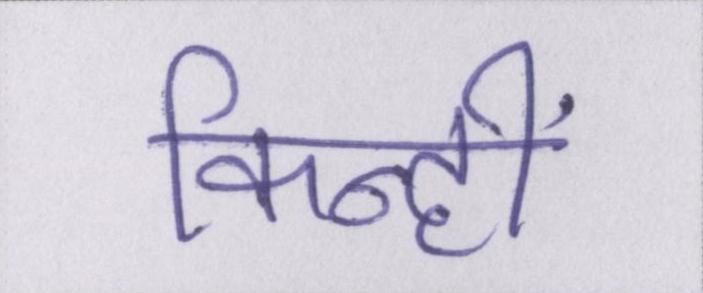
किन्हीं